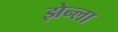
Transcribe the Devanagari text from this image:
झेन्ला